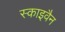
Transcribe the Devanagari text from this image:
स्काइवैन